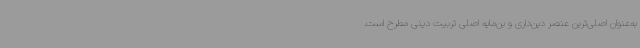
به‌عنوان اصلی‌ترین عنصر دین‌داری و بن‌مایه اصلی تربیت دینی مطرح است.